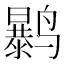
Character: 𱊲